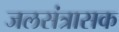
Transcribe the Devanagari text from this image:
जलसंत्रासक